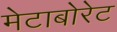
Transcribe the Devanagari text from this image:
मेटाबोरेट